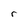
Character: r